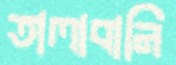
তালাবানি